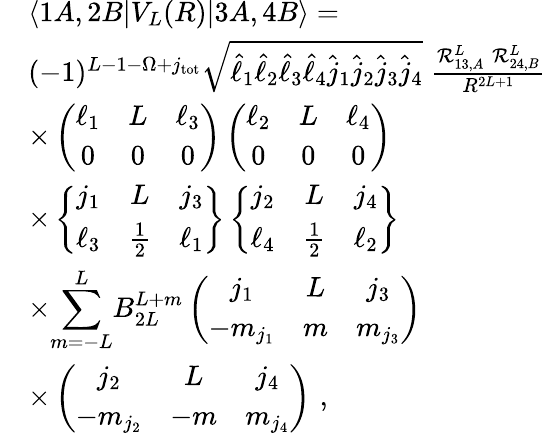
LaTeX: \begin{array}{rl}&{\langle 1A,2B|V_{L}(R)|3A,4B\rangle=}\\ &{(-1)^{L-1-\Omega+j_{\mathrm{tot}}}\sqrt{\hat{\ell}_{1}\hat{\ell}_{2}\hat{\ell}_{3}\hat{\ell}_{4}\hat{j}_{1}\hat{j}_{2}\hat{j}_{3}\hat{j}_{4}}\; \frac{\mathcal{R}_{13,A}^{L}\; \mathcal{R}_{24,B}^{L}}{R^{2L+1}}}\\ &{\times\left(\begin{array}{ccc}{\ell_{1}}&{L}&{\ell_{3}}\\ {0}&{0}&{0}\end{array}\right)\left(\begin{array}{ccc}{\ell_{2}}&{L}&{\ell_{4}}\\ {0}&{0}&{0}\end{array}\right)}\\ &{\times\left\{ \begin{array}{ccc}{j_{1}}&{L}&{j_{3}}\\ {\ell_{3}}&{\frac{1}{2}}&{\ell_{1}}\end{array}\right\} \left\{ \begin{array}{ccc}{j_{2}}&{L}&{j_{4}}\\ {\ell_{4}}&{\frac{1}{2}}&{\ell_{2}}\end{array}\right\} }\\ &{\times{\displaystyle\sum_{m=-L}^{L}}B_{2L}^{L+m}\left(\begin{array}{ccc}{j_{1}}&{L}&{j_{3}}\\ {-m_{j_{1}}}&{m}&{m_{j_{3}}}\end{array}\right)}\\ &{\times\left(\begin{array}{ccc}{j_{2}}&{L}&{j_{4}}\\ {-m_{j_{2}}}&{-m}&{m_{j_{4}}}\end{array}\right)\, \, ,}\end{array}